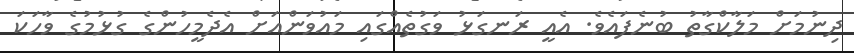
ދިނުމަށް މަލާކްގާތު ބުނެފައެވެ. އެއީ ރަނގަޅު ވަގުތެއްގައި މައުވަންއަށް އެދެމީހުންގެ ގުޅުމުގެ ވާހަކަ